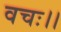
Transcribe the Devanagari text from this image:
वचः।।